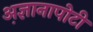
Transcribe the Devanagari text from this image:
अ़ज्ञानापोटी